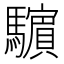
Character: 𩦿